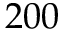
2 0 0